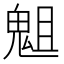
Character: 𩲲